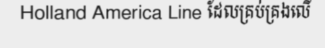
Holland America Line ដែលគ្រប់គ្រងលើ